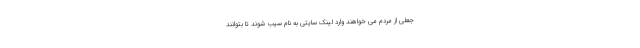
جعلی از مردم می خواهند وارد لینک سایتی به نام‌ سیب شوند تا بتوانند